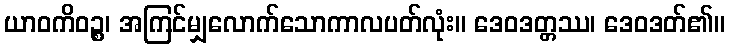
ယာဝကိဝဉ္စ၊ အကြင်မျှလောက်သောကာလပတ်လုံး။ ဒေဝဒတ္တဿ၊ ဒေဝဒတ်၏။